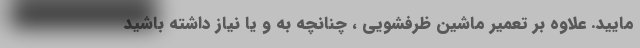
مایید. علاوه بر تعمیر ماشین ظرفشویی ، چنانچه به و یا نیاز داشته باشید